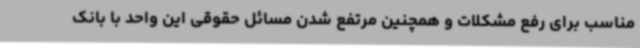
مناسب برای رفع مشکلات و همچنین مرتفع شدن مسائل حقوقی این واحد با بانک